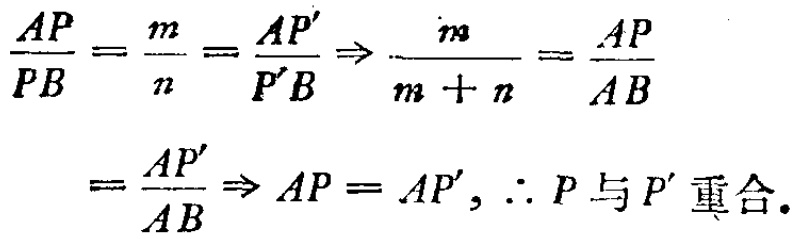
\[\frac{AP}{PB}=\frac{m}{n}=\frac{AP'}{P'B}\Rightarrow\frac{m}{m + n}=\frac{AP}{AB}\\=\frac{AP'}{AB}\Rightarrow AP = AP',\therefore P\text{ 与 }P'\text{ 重合}.\]